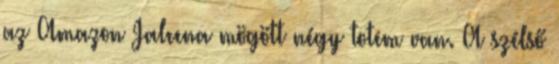
az Amazon Jaleena mögött négy totem van. A szélső